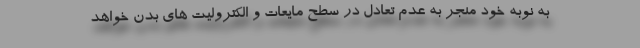
به نوبه خود منجر به عدم تعادل در سطح مایعات و الکترولیت های بدن خواهد